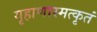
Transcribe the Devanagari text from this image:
गृहाणास्मत्कृतं